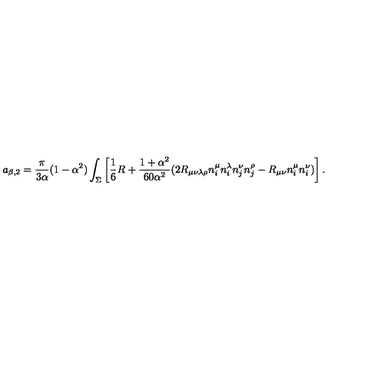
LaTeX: a _ { \beta , 2 } = { \frac { \pi } { 3 \alpha } } ( 1 - \alpha ^ { 2 } ) \int _ { \Sigma } \left[ \frac 1 6 R + { \frac { 1 + \alpha ^ { 2 } } { 6 0 \alpha ^ { 2 } } } ( 2 R _ { \mu \nu \lambda \rho } n _ { i } ^ { \mu } n _ { i } ^ { \lambda } n _ { j } ^ { \nu } n _ { j } ^ { \rho } - R _ { \mu \nu } n _ { i } ^ { \mu } n _ { i } ^ { \nu } ) \right] .